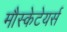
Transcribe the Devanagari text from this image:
मौस्केटेयर्स